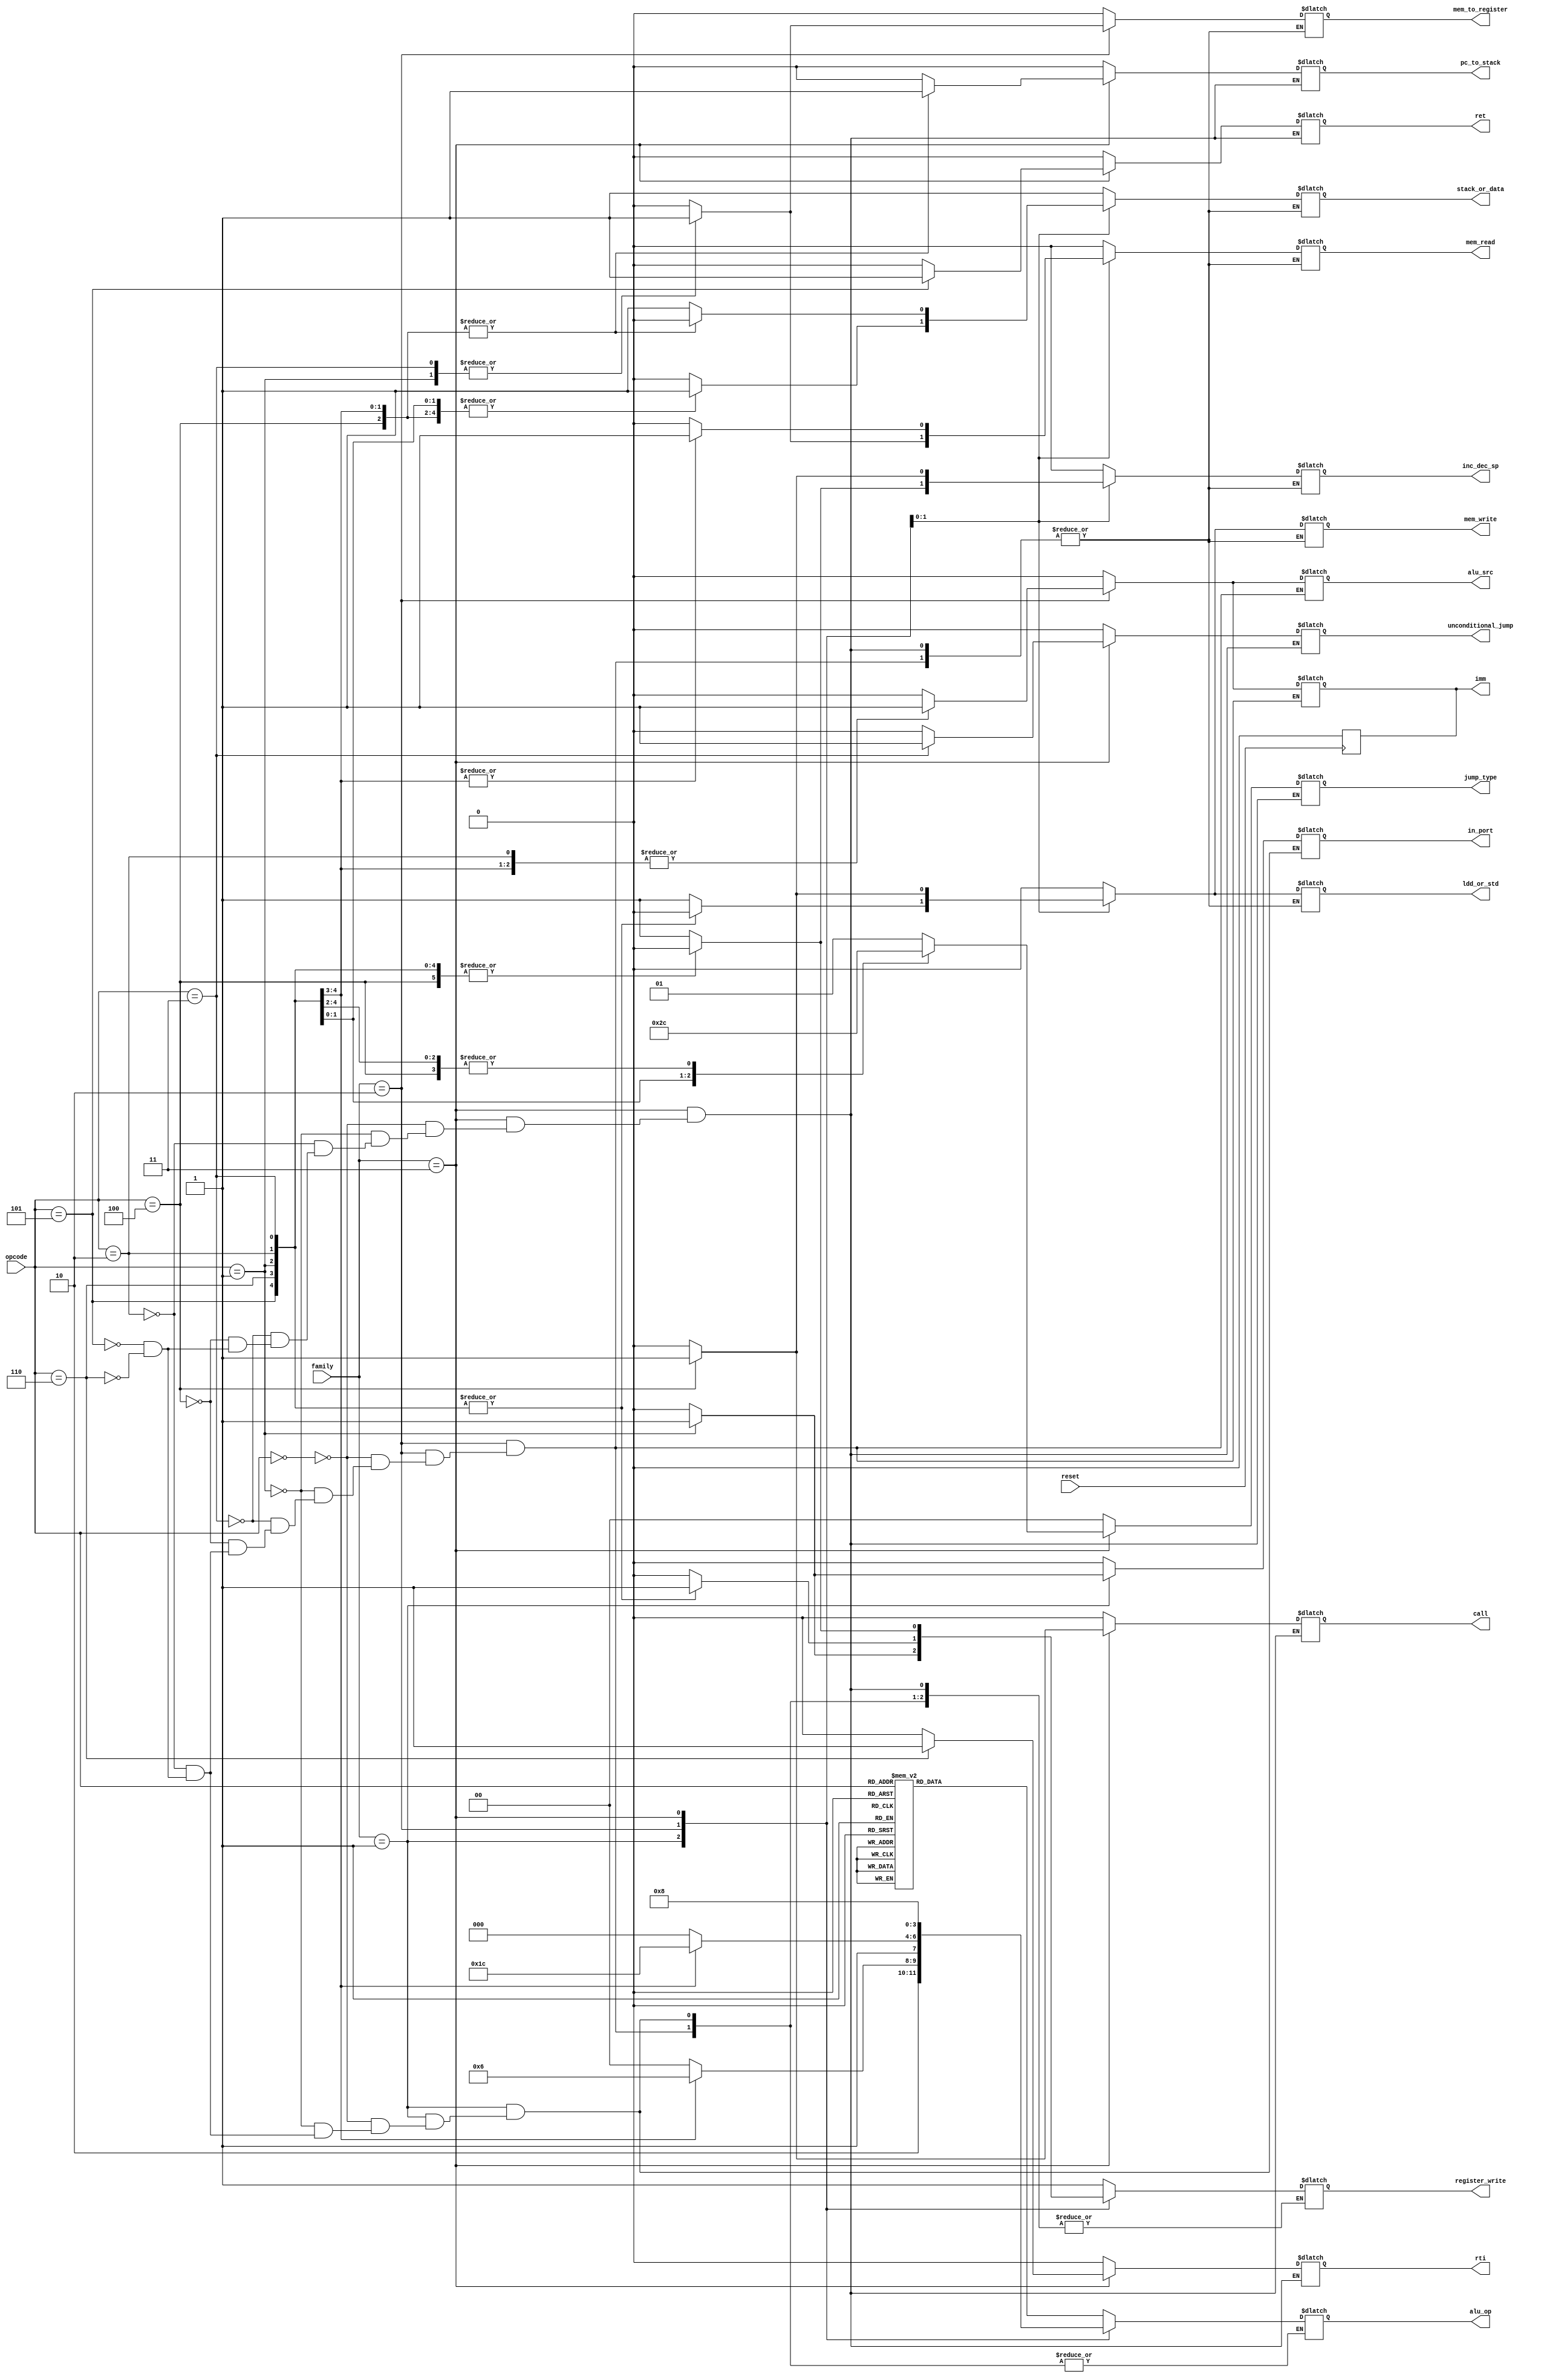
module control_unit (family,opcode,alu_op,register_write,alu_src,mem_write,mem_to_register,mem_read,unconditional_jump,jump_type,in_port,stack_or_data,pc_to_stack,inc_dec_sp,imm,ldd_or_std,ret,rti,call,reset);
  input wire[1:0] family;
  input wire[2:0] opcode;
  input reset;
  output reg [3:0] alu_op;    
  output reg register_write;  // 0: disable reg write, 1: enable reg write
  output reg alu_src;         // 0: reg data,          1: immdediate value
  output reg mem_write;       // 0: disable mem write, 1: enable mem write
  output reg mem_to_register; // 0: ALU to reg,        1: mem to reg
  output reg mem_read;        // 0: disable mem read,  1: enable mem read
  output reg [1:0] jump_type; //00: jn,  01: jz,  00: jc,  01: jump
  output reg in_port;         // 0: not in port,       1: in port
  output reg stack_or_data;   // 0: stack,             1: data
  output reg pc_to_stack;     // 0: dnt push pc in stk,1: push pc in stk
  output reg inc_dec_sp;      // 0: inc sp,            1: dec sp
  output reg imm;             // 0: no immediate value,1: immediate value
  output reg ldd_or_std;      // 0: ldd,               1: std             
  output reg unconditional_jump;// 0: conditional jump,1: unconditional jump
  output reg ret;
  output reg rti;
  output reg call;   
always@(posedge reset)
	imm=1'b0;
always@(*)
begin
  case(family)
    2'b00: begin //ALU operations
        register_write = 1'b1;
        alu_src = 1'b0;
        mem_write = 1'b0;
        mem_to_register = 1'b0;
        mem_read = 1'b0;
        jump_type = 2'b00;
        in_port = 1'b0;
        stack_or_data = 1'b1;
        pc_to_stack = 1'b0;
        inc_dec_sp = 1'b0;
        imm = 1'b0;
        ldd_or_std = 1'b0;
        unconditional_jump = 1'b0;
        ret = 1'b0;
        rti = 1'b0;
        call = 1'b0; 
       case(opcode)
          3'b000: //MOV 
            alu_op = 4'b1000;
          
          3'b001: //ADD 
            alu_op = 4'b0000;
          
          3'b010: //SUB 
            alu_op = 4'b0010;
          
          3'b011: //OR 
            alu_op = 4'b0100;
            
          3'b100: //AND
            alu_op = 4'b0011;
            
          3'b101: //INC
            alu_op = 4'b0101;
            
          3'b110: //DEC
            alu_op = 4'b0110;
            
          3'b111: //NOT
            alu_op = 4'b0111;
        endcase 
      end   
        
          
          
        
    2'b01: begin // not ALU operations
       ldd_or_std = 1'b0;
       alu_src = 1'b0;
       mem_write = 1'b0;
       mem_to_register = 1'b0;
       mem_read = 1'b0;
       jump_type = 2'b00;
       stack_or_data = 1'b1;
       pc_to_stack = 1'b0;
       inc_dec_sp = 1'b0;
       imm = 1'b0;
       unconditional_jump = 1'b0;
       ret = 1'b0;
       rti = 1'b0;
       call = 1'b0; 
       case(opcode)
          3'b000: begin //OUT 
            alu_op = 4'b1000;     /////////////////////NOP
            register_write = 1'b0;
            in_port = 1'b0;
          end
          
          3'b001: begin //IN 
            alu_op = 4'b1000;     /////////////////////NOP
            register_write = 1'b1;
            in_port = 1'b1;
          end
          
          3'b010: begin //NOP 
            alu_op = 4'b1000;     /////////////////////NOP
            register_write = 1'b0;
            in_port = 1'b0;
          end
          
          3'b101: begin //SETC 
            alu_op = 4'b1001;     /////////////////////SETC
            register_write = 1'b0;
            in_port = 1'b0;
          end
          
          3'b110: begin //CLRC 
            alu_op = 4'b1010;     /////////////////////CLRC
            register_write = 1'b0;
            in_port = 1'b0;
          end
        endcase
    end
    
    
    
    2'b10: begin  //heap memory and imm intruction
      pc_to_stack = 1'b0;
      in_port = 1'b0;
      jump_type = 2'b00;
      unconditional_jump = 1'b0;
      ret = 1'b0;
      rti = 1'b0;
      call = 1'b0; 
      case(opcode)
          3'b000: begin //PUSH Rdst   X[SP--] ? R[ Rdst ]; 
            alu_op = 4'b1000;     ////////////////NOP
            register_write = 1'b0;
            alu_src = 1'b0;
            mem_write = 1'b1;
            mem_to_register = 1'b0;
            mem_read = 1'b0;
            stack_or_data = 1'b0;
            inc_dec_sp = 1'b1;
            imm = 1'b0;
            ldd_or_std = 1'b1;
        end
        
          3'b001: begin //POP Rdst   R[ Rdst ] ? X[++SP];
            alu_op = 4'b1000;     ////////////////NOP
            register_write = 1'b1;
            alu_src = 1'b0;
            mem_write = 1'b0;
            mem_to_register = 1'b1;
            mem_read = 1'b1;
            stack_or_data = 1'b0;
            inc_dec_sp = 1'b0;
            imm = 1'b0;
            ldd_or_std = 1'b0;
        end
        
          3'b011: begin //LDD Rsrc, Rdst    Load value from memory address Rdst to register Rdst     R[ Rdst ] ? M[Rsrc];
            alu_op = 4'b1000;     ////////////////NOP
            register_write = 1'b1;
            alu_src = 1'b0;
            mem_write = 1'b0;
            mem_to_register = 1'b1;
            mem_read = 1'b1;
            stack_or_data = 1'b1;
            inc_dec_sp = 1'b0;
            imm = 1'b0;
            ldd_or_std = 1'b0;
        end
        
          3'b100: begin //STD Rsrc, Rdst      Store value in register Rsrc to memory location Rdst      M[Rdst] ?R[Rsrc];
            alu_op = 4'b1000;     ////////////////NOP
            register_write = 1'b0;
            alu_src = 1'b0;
            mem_write = 1'b1;
            mem_to_register = 1'b0;
            mem_read = 1'b0;
            stack_or_data = 1'b1;
            inc_dec_sp = 1'b0;
            imm = 1'b0;
            ldd_or_std = 1'b1;
        end
        
          3'b010: begin //LDM Rdst, Imm Load      immediate value (16 bit) to register Rdst             R[ Rdst ] ? Imm<15:0>
            alu_op = 4'b1000;     ////////////////NOP
            register_write = 1'b1;
            alu_src = 1'b1;
            mem_write = 1'b0;
            mem_to_register = 1'b0;
            mem_read = 1'b0;
            stack_or_data = 1'b1;
            inc_dec_sp = 1'b0;
            imm = 1'b1;
            ldd_or_std = 1'b0;
        end
        
          3'b101: begin //SHL Rsrc, Imm            Shift left Rsrc by #Imm bits and store result in same register
            alu_op = 4'b1011;     ////////////////SHL
            register_write = 1'b1;
            alu_src = 1'b1;
            mem_write = 1'b0;
            mem_to_register = 1'b0;
            mem_read = 1'b0;
            stack_or_data = 1'b1;
            inc_dec_sp = 1'b0;
            imm = 1'b1;
            ldd_or_std = 1'b0;
        end
        
          3'b110: begin //SHR Rsrc, Imm             Shift right Rsrc by #Imm bits and store result in same register
            alu_op = 4'b1100;     ////////////////SHR
            register_write = 1'b1;
            alu_src = 1'b1;
            mem_write = 1'b0;
            mem_to_register = 1'b0;
            mem_read = 1'b0;
            stack_or_data = 1'b1;
            inc_dec_sp = 1'b0;
            imm = 1'b1;
            ldd_or_std = 1'b0;
        end                         
  endcase
end
    2'b11: begin //jump and stack instructions
      alu_op = 4'b1000;     ////////////////NOP
      alu_src = 1'b0;
      in_port = 1'b0;
      imm = 1'b0;
      case(opcode)
          3'b000: begin //JZ Rdst                  Jump if zero           If (Z=1): PC ?R[ Rdst ]; (Z=0)
            register_write = 1'b1;
            mem_write = 1'b0;
            mem_to_register = 1'b0;
            mem_read = 1'b0;
            jump_type = 2'b01;
            stack_or_data = 1'b1;
            pc_to_stack = 1'b0;
            inc_dec_sp = 1'b0;
            ldd_or_std = 1'b0;
            unconditional_jump = 1'b0;
            ret = 1'b0;
          	 rti = 1'b0;
            call = 1'b0;  
        end
        
          3'b001: begin //JN Rdst                  Jump if negative        If (N=1): PC ?R[ Rdst ]; (N=0)
            register_write = 1'b0;
            mem_write = 1'b0;
            mem_to_register = 1'b0;
            mem_read = 1'b0;
            jump_type = 2'b00;
            stack_or_data = 1'b1;
            pc_to_stack = 1'b0;
            inc_dec_sp = 1'b0;
            ldd_or_std = 1'b0;
            unconditional_jump = 1'b0;
            ret = 1'b0;
          	 rti = 1'b0;
            call = 1'b0;
        end
        
          3'b010: begin //JC Rdst                   Jump if carry      If (C=1): PC ?R[ Rdst ]; (C=0)
            register_write = 1'b0;
            mem_write = 1'b0;
            mem_to_register = 1'b0;
            mem_read = 1'b0;
            jump_type = 2'b10;
            stack_or_data = 1'b1;
            pc_to_stack = 1'b0;
            inc_dec_sp = 1'b0;
            ldd_or_std = 1'b0;
            unconditional_jump = 1'b0;
            ret = 1'b0;
          	 rti = 1'b0;
            call = 1'b0; 
        end
        
          3'b011: begin //JMP Rdst                   Jump                 PC ?R[ Rdst ]

            register_write = 1'b0;
            mem_write = 1'b0;
            mem_to_register = 1'b0;
            mem_read = 1'b0;
            jump_type = 2'b11;
            stack_or_data = 1'b1;
            pc_to_stack = 1'b0;
            inc_dec_sp = 1'b0;
            ldd_or_std = 1'b0;
            unconditional_jump = 1'b1;
            ret = 1'b0;
          	 rti = 1'b0;
            call = 1'b0; 
        end
        
          3'b100: begin //CALL Rdst           (X[SP] ? PC + 1; sp-2; PC ? R[ Rdst ])
            register_write = 1'b0;
            mem_write = 1'b1;
            mem_to_register = 1'b0;
            mem_read = 1'b0;
            jump_type = 2'b00;
            stack_or_data = 1'b0;
            pc_to_stack = 1'b1;
            inc_dec_sp = 1'b1;
            ldd_or_std = 1'b1;
            unconditional_jump = 1'b0;
            ret = 1'b0;
          	 rti = 1'b0;
            call = 1'b1; 
        end   
        
          3'b101: begin //RET sp+2, PC ?X[SP]
            register_write = 1'b0;
            mem_write = 1'b0;
            mem_to_register = 1'b0;
            mem_read = 1'b1;
            jump_type = 2'b00;
            stack_or_data = 1'b0;
            pc_to_stack = 1'b1;
            inc_dec_sp = 1'b0;
            ldd_or_std = 1'b0;
            unconditional_jump = 1'b0;
            ret = 1'b1;
          	 rti = 1'b0;
            call = 1'b0; 
        end 
        
          3'b110: begin //RTI sp+2; PC ? X[SP]; Flags restored
            register_write = 1'b0;
            mem_write = 1'b0;
            mem_to_register = 1'b0;
            mem_read = 1'b1;
            jump_type = 2'b00;
            stack_or_data = 1'b0;
            pc_to_stack = 1'b1;
            inc_dec_sp = 1'b0;
            ldd_or_std = 1'b0;
            unconditional_jump = 1'b0;
            ret = 1'b0;
          	 rti = 1'b1;
            call = 1'b0;
        end                                                  
    endcase
    end
	default: 
	begin
	    register_write = 1'b0;
            alu_src = 1'b0;
            mem_write = 1'b0;
            mem_to_register = 1'b0;
            mem_read = 1'b0;
            jump_type = 2'b00;
            in_port = 1'b0;
            stack_or_data = 1'b0;
            pc_to_stack = 1'b0;
            inc_dec_sp = 1'b0;
            imm = 1'b0;
            ldd_or_std = 1'b0;
            unconditional_jump = 1'b0;    
            alu_op = 4'b1000;
            ret = 1'b0;
          	 rti = 1'b0;
            call = 1'b0; 
	end      
endcase 
end
endmodule